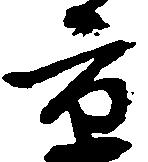
京